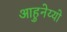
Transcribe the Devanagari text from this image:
आहुनेय्यो